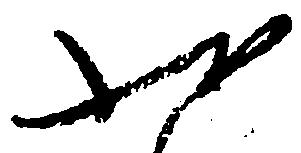
状